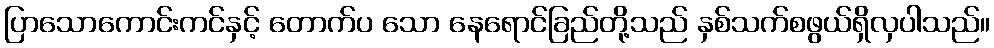
ပြာသောကောင်းကင်နှင့် တောက်ပ သော နေရောင်ခြည်တို့သည် နှစ်သက်စဖွယ်ရှိလှပါသည်။